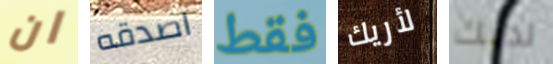
ان اصدقه فقط لأريك لديك